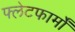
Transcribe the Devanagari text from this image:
फ्लेटफार्मों